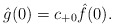
\begin{align*} \hat{g}(0)=c_{+0}\hat{f}(0).\end{align*}